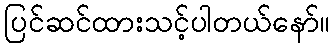
ပြင်ဆင်ထားသင့်ပါတယ်နော်။